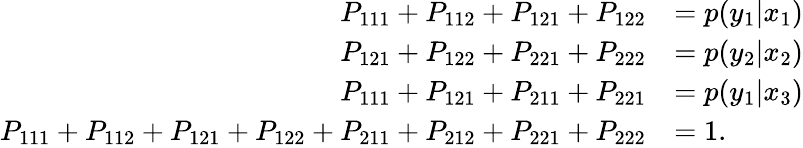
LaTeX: \begin{array}{rl}{P_{111}+P_{112}+P_{121}+P_{122}}&{=p(y_{1}|x_{1})}\\ {P_{121}+P_{122}+P_{221}+P_{222}}&{=p(y_{2}|x_{2})}\\ {P_{111}+P_{121}+P_{211}+P_{221}}&{=p(y_{1}|x_{3})}\\ {P_{111}+P_{112}+P_{121}+P_{122}+P_{211}+P_{212}+P_{221}+P_{222}}&{=1.}\end{array}